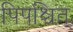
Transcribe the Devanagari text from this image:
पिपश्चित्